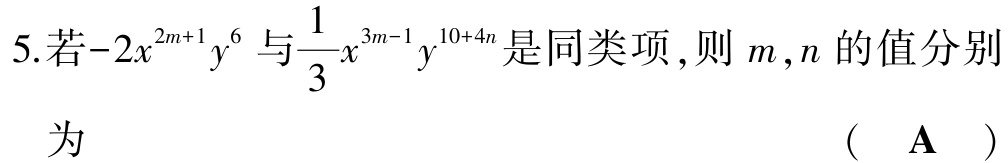
5.若\(-2x^{2m + 1}y^{6}\)与\(\dfrac{1}{3}x^{3m - 1}y^{10 + 4n}\)是同类项，则\(m\)，\(n\)的值分别

为 （ A ）